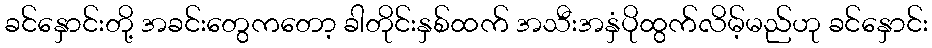
ခင်နှောင်းတို့ အခင်းတွေကတော့ ခါတိုင်းနှစ်ထက် အသီးအနှံပိုထွက်လိမ့်မည်ဟု ခင်နှောင်း